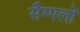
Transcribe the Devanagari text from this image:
सैम्पलों